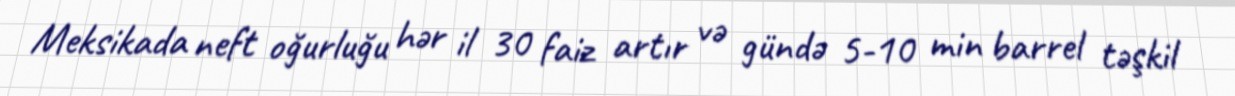
Meksikada neft oğurluğu hər il 30 faiz artır və gündə 5-10 min barrel təşkil